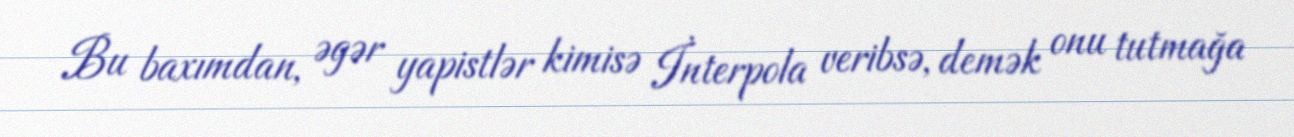
Bu baxımdan, əgər yapistlər kimisə İnterpola veribsə, demək onu tutmağa